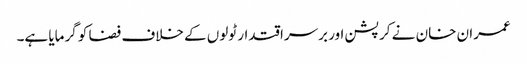
عمران خان نے کرپشن اور برسراقتدار ٹولوں کے خلاف فضا کو گرمایا ہے۔